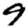
Digit: 9